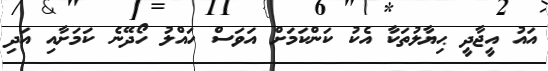
އައު އީޖާދީ ޙިޔާލުތަކާ އެކު ކަންކަމަށް އަވަސް ހައްލު ހޯދޭނެ ކަމަށާއި އަދި